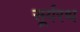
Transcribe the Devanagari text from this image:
सूर्यरथ